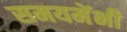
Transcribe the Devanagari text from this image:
समयमेंभी